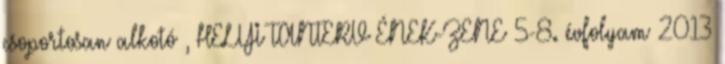
csoportosan alkotó , HELYI TANTERV ÉNEK-ZENE 5-8. évfolyam 2013